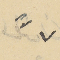
٧"